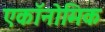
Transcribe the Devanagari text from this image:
एकॉनोमिक